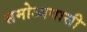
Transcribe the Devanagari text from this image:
समोआवासी